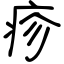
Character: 疹